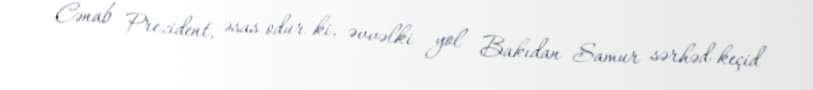
Cənab Prezident, əsas odur ki, əvvəlki yol Bakıdan Samur sərhəd-keçid